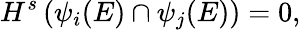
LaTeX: H^{s}\left(\psi_{i}(E)\cap\psi_{j}(E)\right)=0,